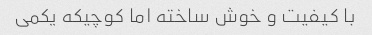
با کیفیت و خوش ساخته اما کوچیکه یکمی